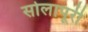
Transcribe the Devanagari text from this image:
सोलापूरी